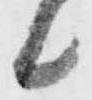
候